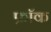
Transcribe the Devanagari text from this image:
फ्राॅक